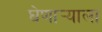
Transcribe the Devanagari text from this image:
घेणार्‍याला